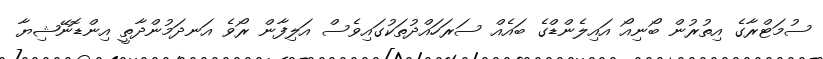
ސުމަޓްރާގެ އިތުރުން ބޯނިއޯ އައިލެންޑްގެ ބައެއް ސަރަހައްދުތަކުގައިވެސް އަލިފާން ރޯވެ އަނދަމުންދާތީ އިންޑޮނޭޝިޔާ